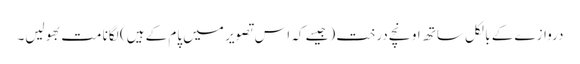
دروازے کے بالکل ساتھ اونچے درخت (جیسے کہ اس تصویر میں پام کے ہیں) لگانا مت بھولیں۔